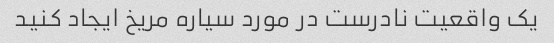
یک واقعیت نادرست در مورد سیاره مریخ ایجاد کنید